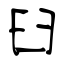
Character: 臼